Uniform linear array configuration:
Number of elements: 48
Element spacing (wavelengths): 1
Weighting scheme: hamming
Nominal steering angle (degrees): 30
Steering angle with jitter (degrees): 28.771
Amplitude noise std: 0.05
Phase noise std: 0.05

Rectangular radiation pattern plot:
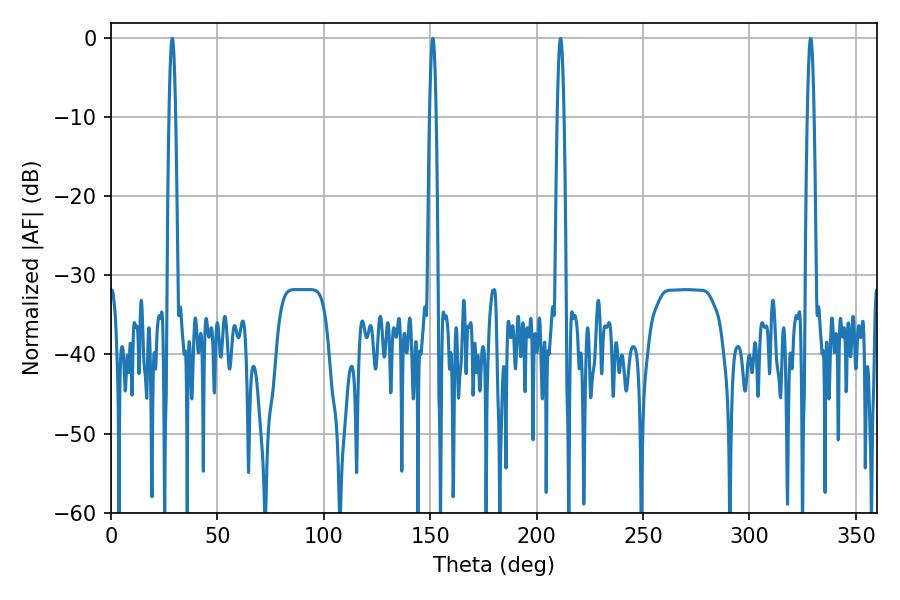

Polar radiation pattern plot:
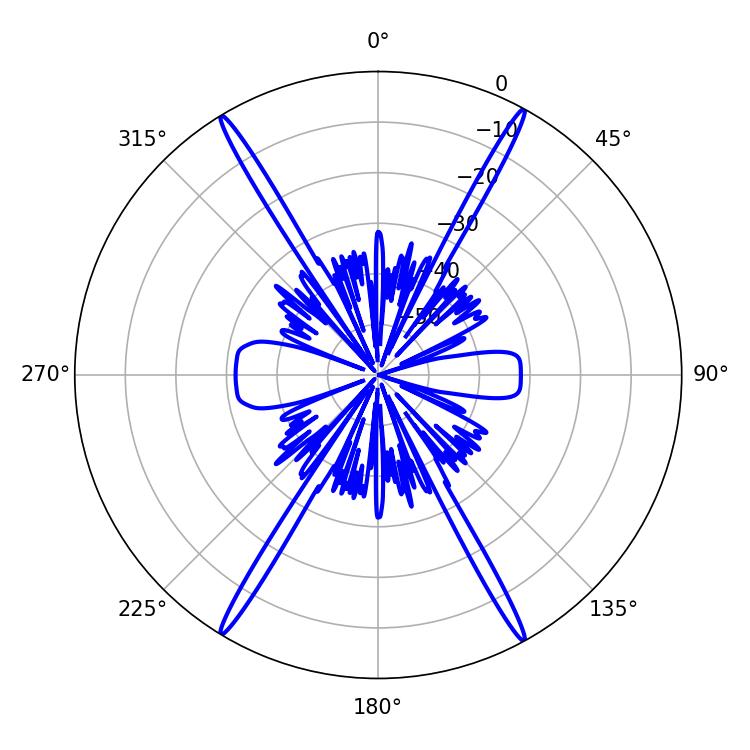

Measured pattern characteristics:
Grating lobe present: TRUE
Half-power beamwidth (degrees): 1.62
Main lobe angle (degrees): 28.8